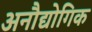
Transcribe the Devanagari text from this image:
अनौद्योगिक